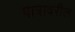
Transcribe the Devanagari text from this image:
पात्रावरील